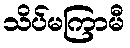
သိပ်မကြာမီ